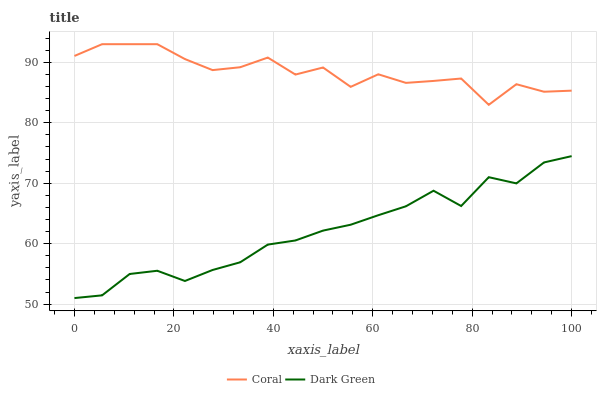
| xaxis_label | Coral | Dark Green |
 | --- | --- | --- |
 | 0 | 91.1 | 51 |
 | 5.56 | 93 | 51.4 |
 | 11.1 | 93 | 55 |
 | 16.7 | 93 | 55.5 |
 | 22.2 | 90.5 | 53.8 |
 | 27.8 | 88.7 | 55.6 |
 | 33.3 | 89.2 | 56.9 |
 | 38.9 | 90.8 | 59.8 |
 | 44.4 | 88 | 60.5 |
 | 50 | 89.1 | 62.2 |
 | 55.6 | 85.9 | 63.1 |
 | 61.1 | 88 | 64.7 |
 | 66.7 | 86.6 | 66.2 |
 | 72.2 | 86.9 | 68.8 |
 | 77.8 | 87.3 | 66.2 |
 | 83.3 | 83 | 71 |
 | 88.9 | 86.4 | 70 |
 | 94.4 | 85.1 | 73.4 |
 | 100 | 85.3 | 74.5 |